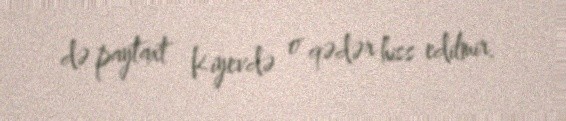
də paytaxt Kiyevdə o qədər hiss edilmir.